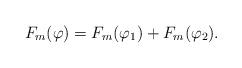
LaTeX: \begin{align*}F_m(\varphi) = F_m(\varphi_1) + F_m(\varphi_2).\end{align*}